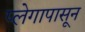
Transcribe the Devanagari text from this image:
प्लेगापासून